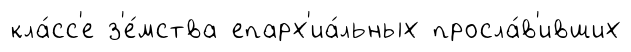
кла́сс'е з'е́мства епарх'иа́льных просла́в'ивших